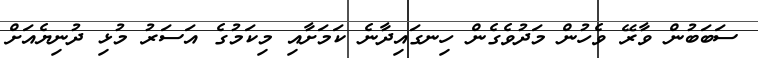
ސަބަބުން ވާރޭ ވެހުން މަދުވެގެން ހިނގައިދާނެ ކަމަށާއި މިކަމުގެ އަސަރު މުޅި ދުނިޔެއަށް